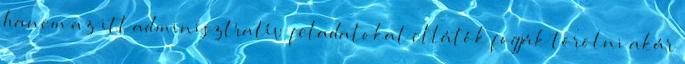
hanem az itt adminisztratív feladatokat ellátók fogják törölni akár